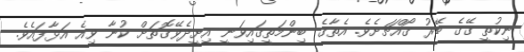
ނިކުތީ ގޭގެ ބޭރު ގޯއްޗަށެވެ. އެތާގެ ބިންމަތީގައިވަނީ އިށީދެވޭގޮތަށް ކުނާ ވިއެ އަޅާފައެވެ.